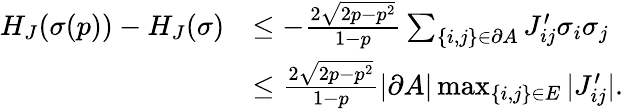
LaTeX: \begin{array}{rl}{H_{J}(\sigma(p))-H_{J}(\sigma)}&{\le-\frac{2\sqrt{2p-p^{2}}}{1-p}\sum_{\{ i,j\} \in\partial A}J_{ij}^{\prime}\sigma_{i}\sigma_{j}}\\ &{\le\frac{2\sqrt{2p-p^{2}}}{1-p}|\partial A|\operatorname*{max}_{\{ i,j\} \in E}|J_{ij}^{\prime}|.}\end{array}